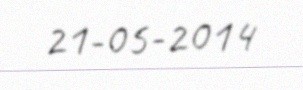
21-05-2014